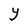
Character: Y